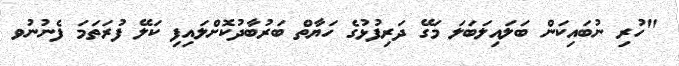
"ހުރި ނުބައިކަން ބަލައިލަބަލަ މަގޭ ދަރިފުޅުގެ ހަޔާތް ބަރުބާދުކޮށްލައިފި ކަލޭ ފުރަތަމަ ފެނުނުވ